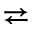
\rightleftarrows